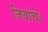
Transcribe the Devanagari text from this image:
जिवांचे।